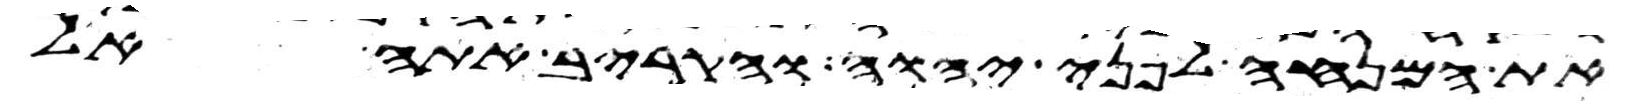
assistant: את המנחה לפני יהוה והקריב אתה אל